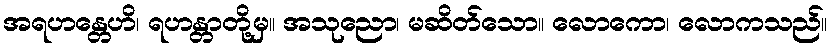
အရဟန္တေဟိ၊ ရဟန္တာတို့မှ။ အသုညော၊ မဆိတ်သော။ လောကော၊ လောကသည်။